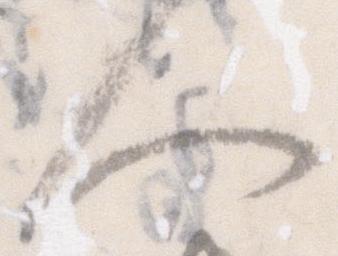
人